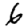
Digit: 6